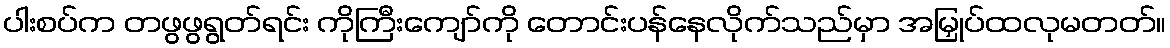
ပါးစပ်က တဖွဖွရွတ်ရင်း ကိုကြီးကျော်ကို တောင်းပန်နေလိုက်သည်မှာ အမြှုပ်ထလုမတတ်။